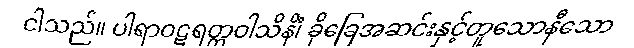
ငါသည်။ ပါရာဝဋရတ္တဝါသိနိံ၊ ခိုခြေအဆင်းနှင့်တူသောနီသော